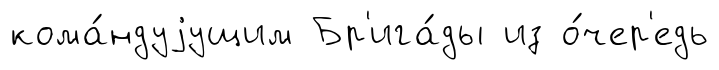
кома́ндуjущим Бр'ига́ды из о́чер'едь